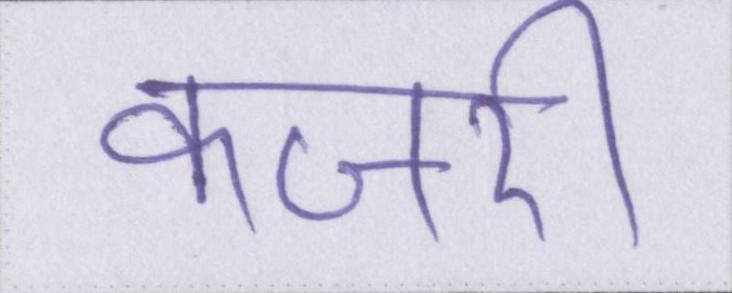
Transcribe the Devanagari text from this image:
कजरी